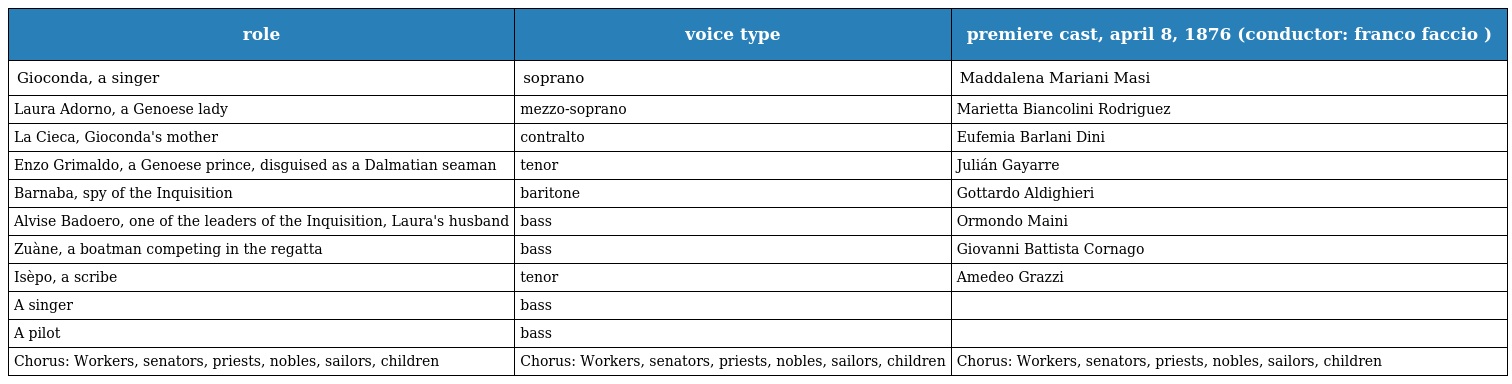
| role | voice type | premiere cast, april 8, 1876 (conductor: franco faccio ) |
 | --- | --- | --- |
 | Gioconda, a singer | soprano | Maddalena Mariani Masi |
 | Laura Adorno, a Genoese lady | mezzo-soprano | Marietta Biancolini Rodriguez |
 | La Cieca, Gioconda's mother | contralto | Eufemia Barlani Dini |
 | Enzo Grimaldo, a Genoese prince, disguised as a Dalmatian seaman | tenor | Julián Gayarre |
 | Barnaba, spy of the Inquisition | baritone | Gottardo Aldighieri |
 | Alvise Badoero, one of the leaders of the Inquisition, Laura's husband | bass | Ormondo Maini |
 | Zuàne, a boatman competing in the regatta | bass | Giovanni Battista Cornago |
 | Isèpo, a scribe | tenor | Amedeo Grazzi |
 | A singer | bass |  |
 | A pilot | bass |  |
 | Chorus: Workers, senators, priests, nobles, sailors, children | Chorus: Workers, senators, priests, nobles, sailors, children | Chorus: Workers, senators, priests, nobles, sailors, children |